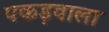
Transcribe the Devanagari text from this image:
पकड़वाला